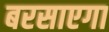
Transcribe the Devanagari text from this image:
बरसाएगा